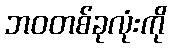
ဘဝတစ်ခုလုံးကို